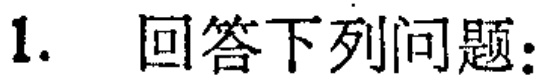
1. 回答下列问题：